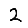
Digit: 2